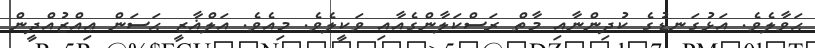
ޙަވާލެވެ. އަޅުގަނޑުގެ ކުދިންނާއި މާތް ރަސްކަލާންގެއާއި ވަކީލެވެ. މިއެވެ. އަލްޣާޒީ ޙަސަން ޢިއްޒުއްދީން